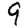
Digit: 9